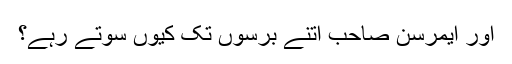
اور ایمرسن صاحب اتنے برسوں تک کیوں سوتے رہے؟